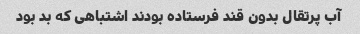
آب پرتقال بدون قند فرستاده بودند اشتباهی که بد بود